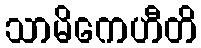
သာမိကေဟီတိ